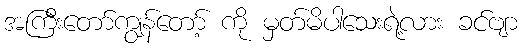
အကြီးတော်ကျွန်တော့် ကို မှတ်မိပါသေးရဲ့လား ခင်ဗျာ